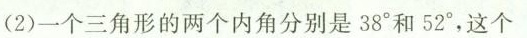
(2)一个三角形的两个内角分别是38°和52°，这个